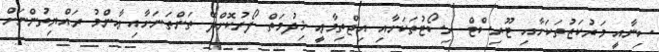
ސިނާއީ މަރުކަޒުތަކަށާއި ޓޫރިސްޓް ރިސޯޓުތަކަށާއި އިޖްތިމާޢީ ޚިދުމަތް ފޯރުކޮށްދޭ ތަންތަނަށާއި ޢާންމު ރައްޔިތުންނަށް